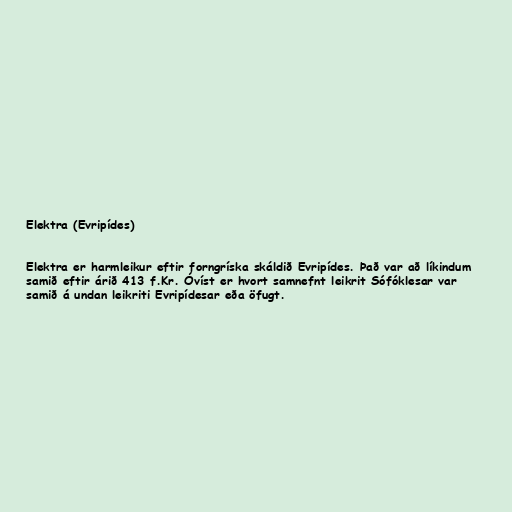
Elektra (Evripídes)

Elektra er harmleikur eftir forngríska skáldið Evripídes. Það var að líkindum
samið eftir árið 413 f.Kr. Óvíst er hvort samnefnt leikrit Sófóklesar var
samið á undan leikriti Evripídesar eða öfugt.